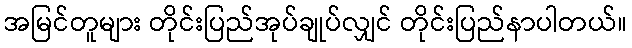
အမြင်တူများ တိုင်းပြည်အုပ်ချုပ်လျှင် တိုင်းပြည်နာပါတယ်။